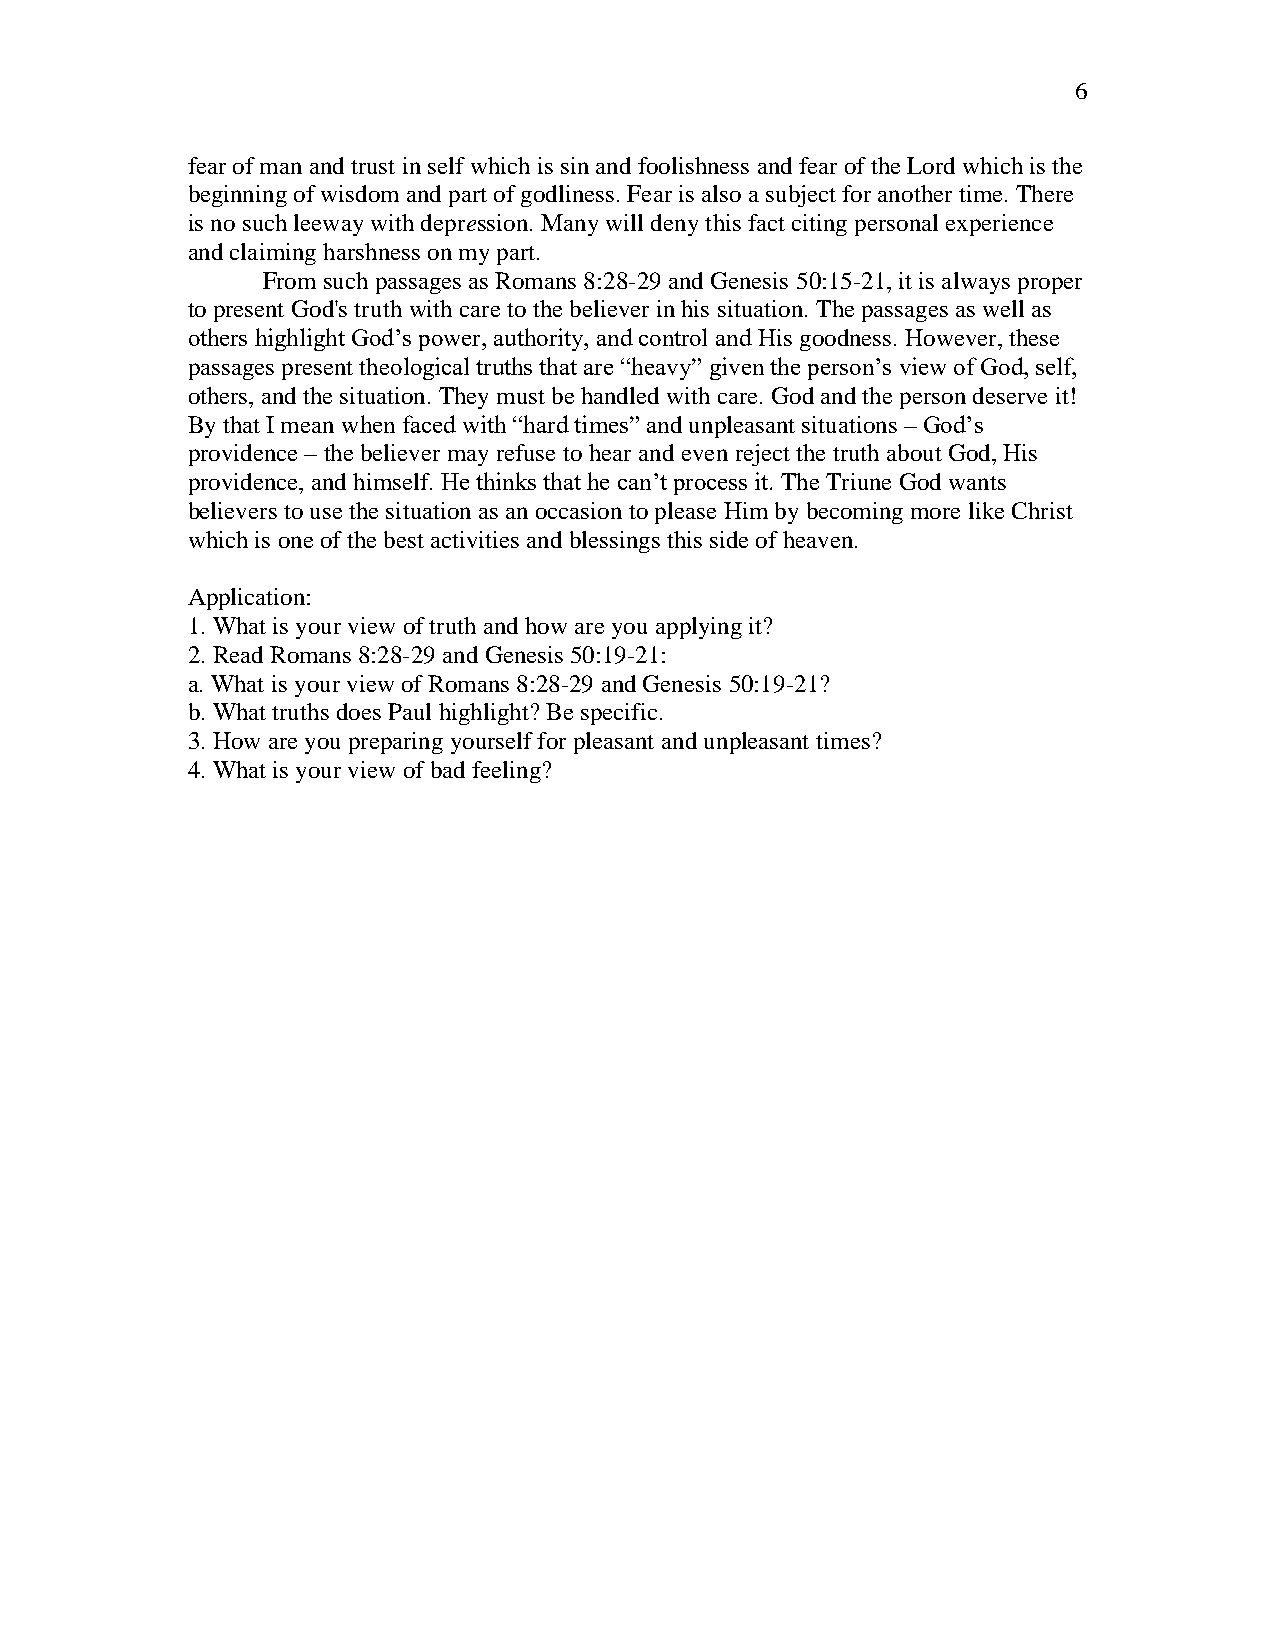
6
 fear of man and trust in self which is sin and foolishness and fear of the Lord which is the
 beginning of wisdom and part of godliness. Fear is also a subject for another time. There
 is no such leeway with depression. Many will deny this fact citing personal experience
 and claiming harshness on my part.
 From such passages as Romans 8:28-29 and Genesis 50:15-21, it is always proper
 to present God's truth with care to the believer in his situation. The passages as well as
 others highlight God’s power, authority, and control and His goodness. However, these
 passages present theological truths that are “heavy” given the person’s view of God, self,
 others, and the situation. They must be handled with care. God and the person deserve it!
 By that I mean when faced with “hard times” and unpleasant situations – God’s
 providence – the believer may refuse to hear and even reject the truth about God, His
 providence, and himself. He thinks that he can’t process it. The Triune God wants
 believers to use the situation as an occasion to please Him by becoming more like Christ
 which is one of the best activities and blessings this side of heaven.
 Application:
 1. What is your view of truth and how are you applying it?
 2. Read Romans 8:28-29 and Genesis 50:19-21:
 a. What is your view of Romans 8:28-29 and Genesis 50:19-21?
 b. What truths does Paul highlight? Be specific.
 3. How are you preparing yourself for pleasant and unpleasant times?
 4. What is your view of bad feeling?